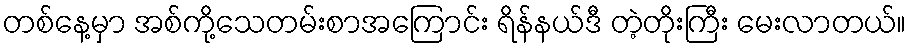
တစ်နေ့မှာ အစ်ကို့သေတမ်းစာအကြောင်း ရိန်နယ်ဒီ တဲ့တိုးကြီး မေးလာတယ်။